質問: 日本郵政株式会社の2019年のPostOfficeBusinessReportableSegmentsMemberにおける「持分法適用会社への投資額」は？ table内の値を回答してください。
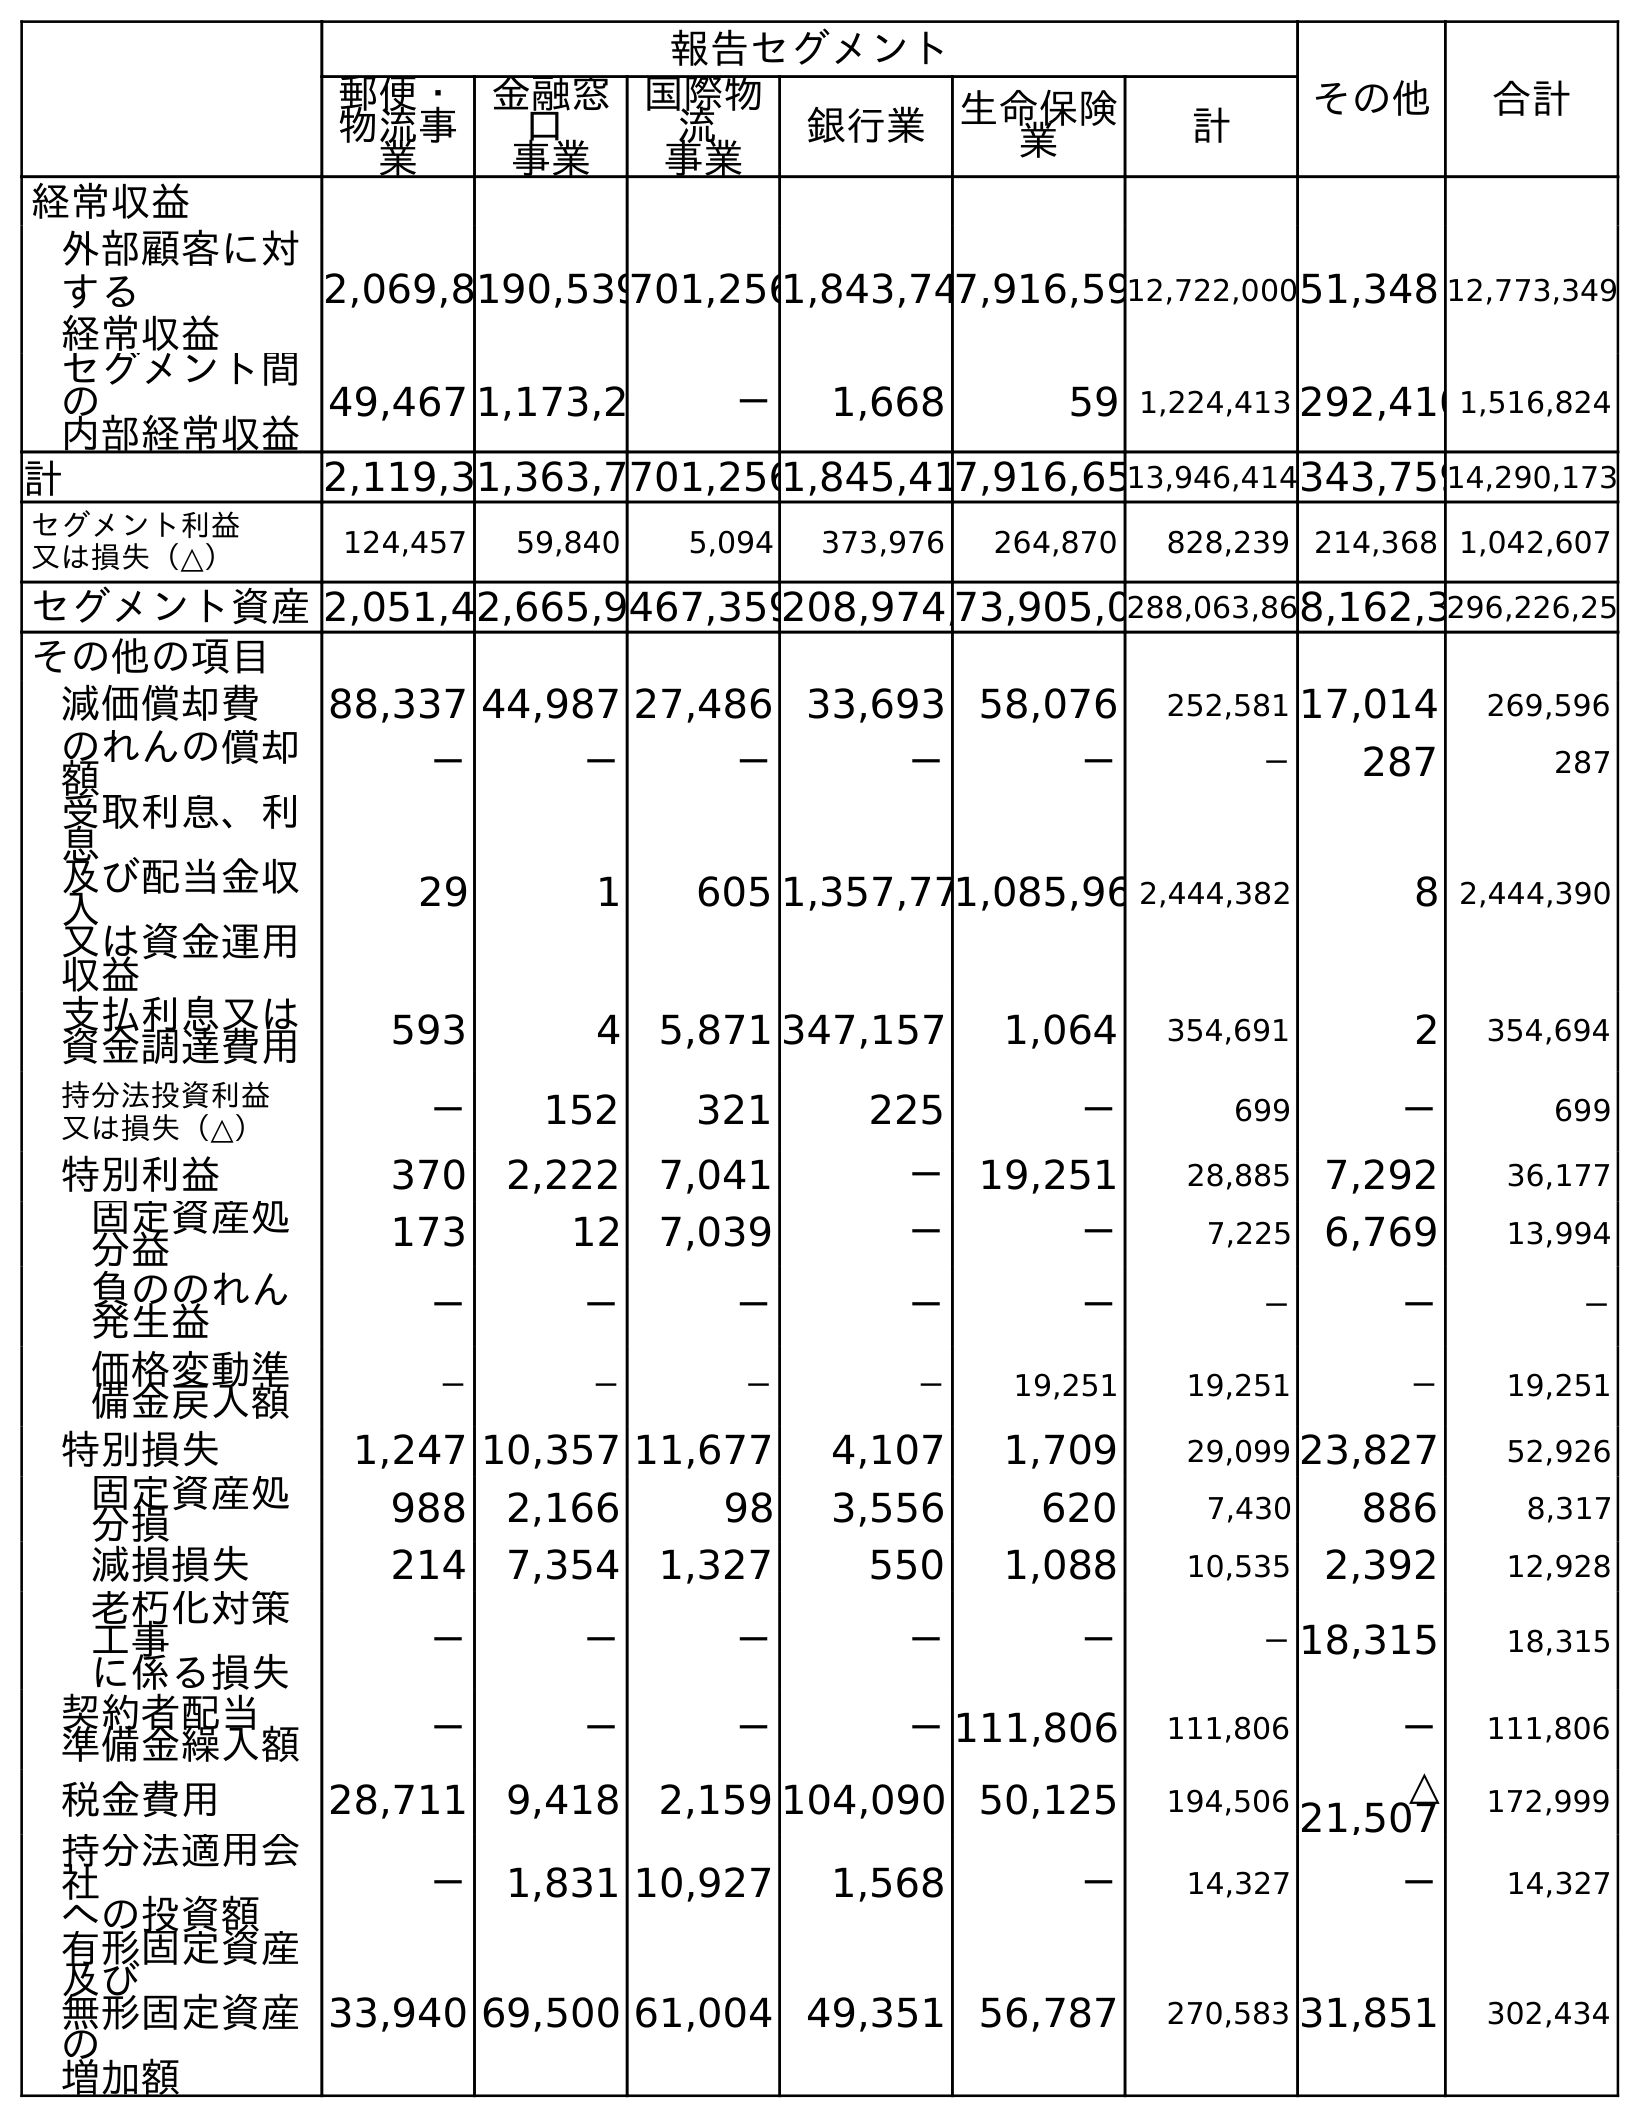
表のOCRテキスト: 報告セグメント その他 合計 郵便・ 物流事 業 金融窓 口 事業 国際物 流 事業 銀行業 生命保険 業 計 経常収益 外部顧客に対 する 経常収益 2,069,8190,539701,2561,843,747,916,5912,722,00051,348 12,773,349 セグメント間 の 内部経常収益 49,467 1,173,2 － 1,668 59 1,224,413 292,4101,516,824 計 2,119,31,363,7701,2561,845,417,916,6513,946,414343,75914,290,173 セグメント利益 又は損失（△） 124,457 59,840 5,094 373,976 264,870 828,239 214,368 1,042,607 セグメント資産2,051,42,665,9467,359208,974,73,905,0288,063,868,162,3296,226,25 その他の項目 減価償却費 88,337 44,987 27,486 33,693 58,076 252,581 17,014 269,596 のれんの償却 額 － － － － － － 287 287 受取利息、利 息 及び配当金収 入 又は資金運用 収益 29 1 605 1,357,771,085,96 2,444,382 8 2,444,390 支払利息又は 資金調達費用 593 4 5,871 347,157 1,064 354,691 2 354,694 持分法投資利益 又は損失（△） － 152 321 225 － 699 － 699 特別利益 370 2,222 7,041 － 19,251 28,885 7,292 36,177 固定資産処 分益 173 12 7,039 － － 7,225 6,769 13,994 負ののれん 発生益 － － － － － － － － 価格変動準 備金戻入額 － － － － 19,251 19,251 － 19,251 特別損失 1,247 10,357 11,677 4,107 1,709 29,099 23,827 52,926 固定資産処 分損 988 2,166 98 3,556 620 7,430 886 8,317 減損損失 214 7,354 1,327 550 1,088 10,535 2,392 12,928 老朽化対策 工事 に係る損失 － － － － － －18,315 18,315 契約者配当 準備金繰入額 － － － －111,806 111,806 － 111,806 税金費用 28,711 9,418 2,159 104,090 50,125 194,506 △ 21,507 172,999 持分法適用会 社 への投資額 － 1,831 10,927 1,568 － 14,327 － 14,327 有形固定資産 及び 無形固定資産 の 増加額 33,940 69,500 61,004 49,351 56,787 270,583 31,851 302,434
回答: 1,831